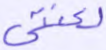
لعنتي